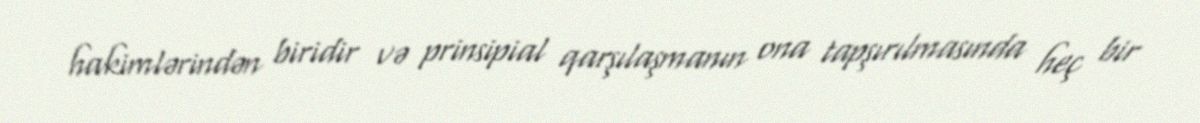
hakimlərindən biridir və prinsipial qarşılaşmanın ona tapşırılmasında heç bir